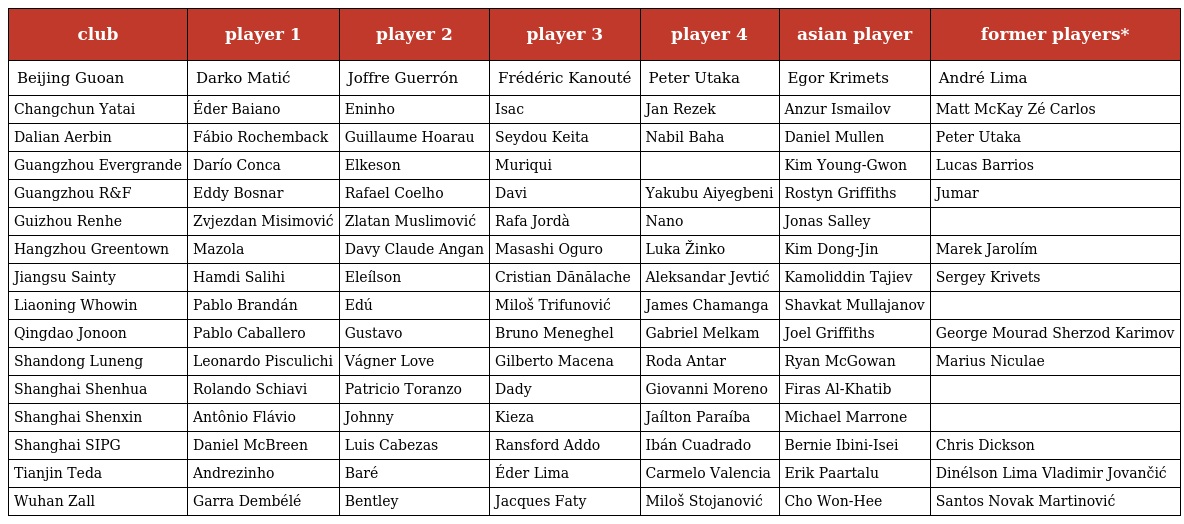
| club | player 1 | player 2 | player 3 | player 4 | asian player | former players* |
 | --- | --- | --- | --- | --- | --- | --- |
 | Beijing Guoan | Darko Matić | Joffre Guerrón | Frédéric Kanouté | Peter Utaka | Egor Krimets | André Lima |
 | Changchun Yatai | Éder Baiano | Eninho | Isac | Jan Rezek | Anzur Ismailov | Matt McKay Zé Carlos |
 | Dalian Aerbin | Fábio Rochemback | Guillaume Hoarau | Seydou Keita | Nabil Baha | Daniel Mullen | Peter Utaka |
 | Guangzhou Evergrande | Darío Conca | Elkeson | Muriqui |  | Kim Young-Gwon | Lucas Barrios |
 | Guangzhou R&F | Eddy Bosnar | Rafael Coelho | Davi | Yakubu Aiyegbeni | Rostyn Griffiths | Jumar |
 | Guizhou Renhe | Zvjezdan Misimović | Zlatan Muslimović | Rafa Jordà | Nano | Jonas Salley |  |
 | Hangzhou Greentown | Mazola | Davy Claude Angan | Masashi Oguro | Luka Žinko | Kim Dong-Jin | Marek Jarolím |
 | Jiangsu Sainty | Hamdi Salihi | Eleílson | Cristian Dănălache | Aleksandar Jevtić | Kamoliddin Tajiev | Sergey Krivets |
 | Liaoning Whowin | Pablo Brandán | Edú | Miloš Trifunović | James Chamanga | Shavkat Mullajanov |  |
 | Qingdao Jonoon | Pablo Caballero | Gustavo | Bruno Meneghel | Gabriel Melkam | Joel Griffiths | George Mourad Sherzod Karimov |
 | Shandong Luneng | Leonardo Pisculichi | Vágner Love | Gilberto Macena | Roda Antar | Ryan McGowan | Marius Niculae |
 | Shanghai Shenhua | Rolando Schiavi | Patricio Toranzo | Dady | Giovanni Moreno | Firas Al-Khatib |  |
 | Shanghai Shenxin | Antônio Flávio | Johnny | Kieza | Jaílton Paraíba | Michael Marrone |  |
 | Shanghai SIPG | Daniel McBreen | Luis Cabezas | Ransford Addo | Ibán Cuadrado | Bernie Ibini-Isei | Chris Dickson |
 | Tianjin Teda | Andrezinho | Baré | Éder Lima | Carmelo Valencia | Erik Paartalu | Dinélson Lima Vladimir Jovančić |
 | Wuhan Zall | Garra Dembélé | Bentley | Jacques Faty | Miloš Stojanović | Cho Won-Hee | Santos Novak Martinović |